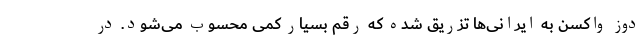
دوز واکسن به ایرانی‌ها تزریق شده که رقم بسیار کمی محسوب می‌شود. در